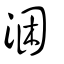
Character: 涃